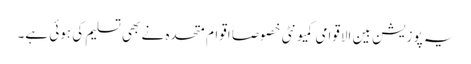
یہ پوزیشن بین الاقوامی کمیونٹی خصوصاً اقوام متحدہ نے بھی تسلیم کی ہوئی ہے۔